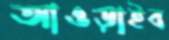
আওড়াইব